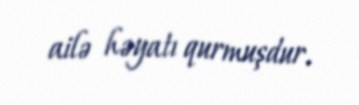
ailə həyatı qurmuşdur.